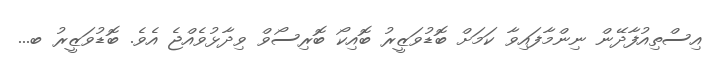
އިސްތިއުފާދޭން ނިންމާފައިވާ ކަމަށް ބޮޑުވަޒީރު ބޮއިކޯ ބޮރިސޯވް ވިދާޅުވެއްޖެ އެވެ. ބޮޑުވަޒީރު ބ...